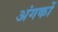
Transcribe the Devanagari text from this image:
अंगकों